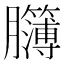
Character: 𦣈